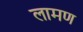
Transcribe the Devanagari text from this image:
लामण